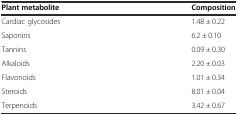
| Plant metabolite | Composition |
 | --- | --- |
 | Cardiac glycosides | 1.48 ± 0.22 |
 | Saponins | 6.2 ± 0.10 |
 | Tannins | 0.09 ± 0.30 |
 | Alkaloids | 2.20 ± 0.03 |
 | Flavonoids | 1.01 ± 0.34 |
 | Steroids | 8.01 ± 0.04 |
 | Terpenoids | 3.42 ± 0.67 |